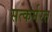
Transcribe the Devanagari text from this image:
सत्कर्मरत